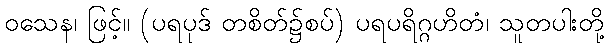
ဝသေန၊ ဖြင့်။ (ပရပုဒ် တစိတ်၌စပ်) ပရပရိဂ္ဂဟိတံ၊ သူတပါးတို့